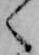
く